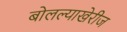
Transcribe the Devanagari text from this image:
बोलल्याखेरीज